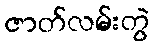
ဇာတ်လမ်းတွဲ